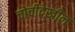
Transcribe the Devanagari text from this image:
चोचीदेखील